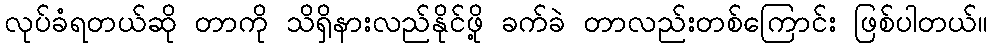
လုပ်ခံရတယ်ဆို တာကို သိရှိနားလည်နိုင်ဖို့ ခက်ခဲ တာလည်းတစ်ကြောင်း ဖြစ်ပါတယ်။